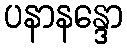
ပနာနန္ဒော